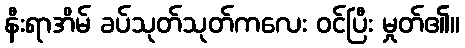
နီးရာအိမ် ခပ်သုတ်သုတ်ကလေး ဝင်ပြီး မှုတ်၏။